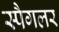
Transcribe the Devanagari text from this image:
स्पैगलर